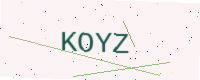
Text: KOYZ